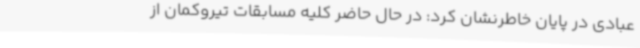
عبادی در پایان خاطرنشان کرد: در حال حاضر کلیه مسابقات تیروکمان از